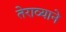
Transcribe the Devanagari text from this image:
तेराव्याने